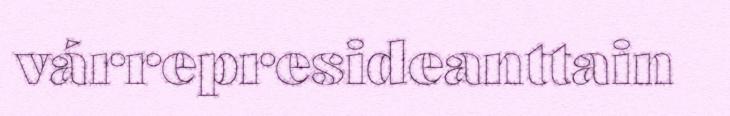
várrepresideanttain